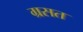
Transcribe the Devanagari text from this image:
ग्रसत